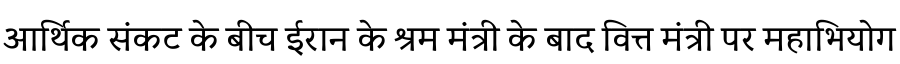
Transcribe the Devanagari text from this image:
आर्थिक संकट के बीच ईरान के श्रम मंत्री के बाद वित्त मंत्री पर महाभियोग